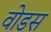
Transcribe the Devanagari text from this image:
वोडस